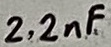
Text: 2.2nF